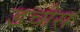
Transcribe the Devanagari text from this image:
डचीस